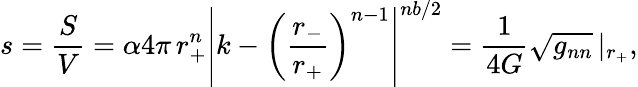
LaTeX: s=\frac{S}{V}=\alpha 4\pi\, r_{+}^{n}\left|k-\left(\frac{r_{-}}{r_{+}}\right)^{n-1}\right|^{nb/2}=\frac{1}{4G}\sqrt{g_{nn}}\left|_{r_{+}}\right.,